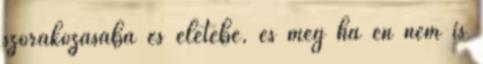
szórakozásába és életébe, és még ha én nem is